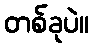
တစ်ခုပဲ။